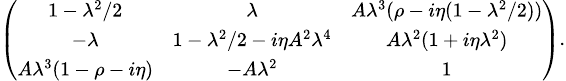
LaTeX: \scriptsize\left({\begin{array}{ccc}{{1-\lambda^{2}/2}}&{{\lambda}}&{{A\lambda^{3}(\rho-i\eta(1-\lambda^{2}/2))}}\\ {{-\lambda}}&{{1-\lambda^{2}/2-i\eta A^{2}\lambda^{4}}}&{{A\lambda^{2}(1+i\eta\lambda^{2})}}\\ {{A\lambda^{3}(1-\rho-i\eta)}}&{{-A\lambda^{2}}}&{{1}}\end{array}}\right).